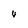
Character: 4